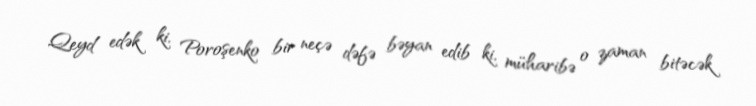
Qeyd edək ki, Poroşenko bir neçə dəfə bəyan edib ki, müharibə o zaman bitəcək